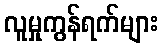
လူမှုကွန်ရက်များ